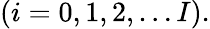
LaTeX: (i=0,1,2,\dots I).